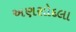
અણસોદલા